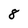
Character: 8